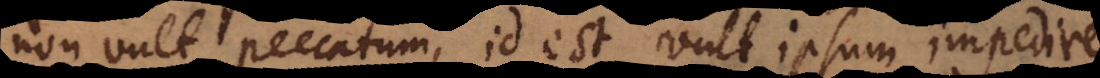
vult peccatum, id est vult ipsum impedire,